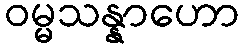
ဝမ္မသန္နာဟော